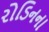
રોડિનના